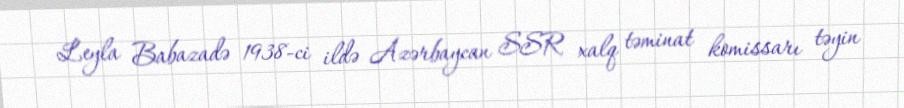
Leyla Babazadə 1938-ci ildə Azərbaycan SSR xalq təminat komissarı təyin